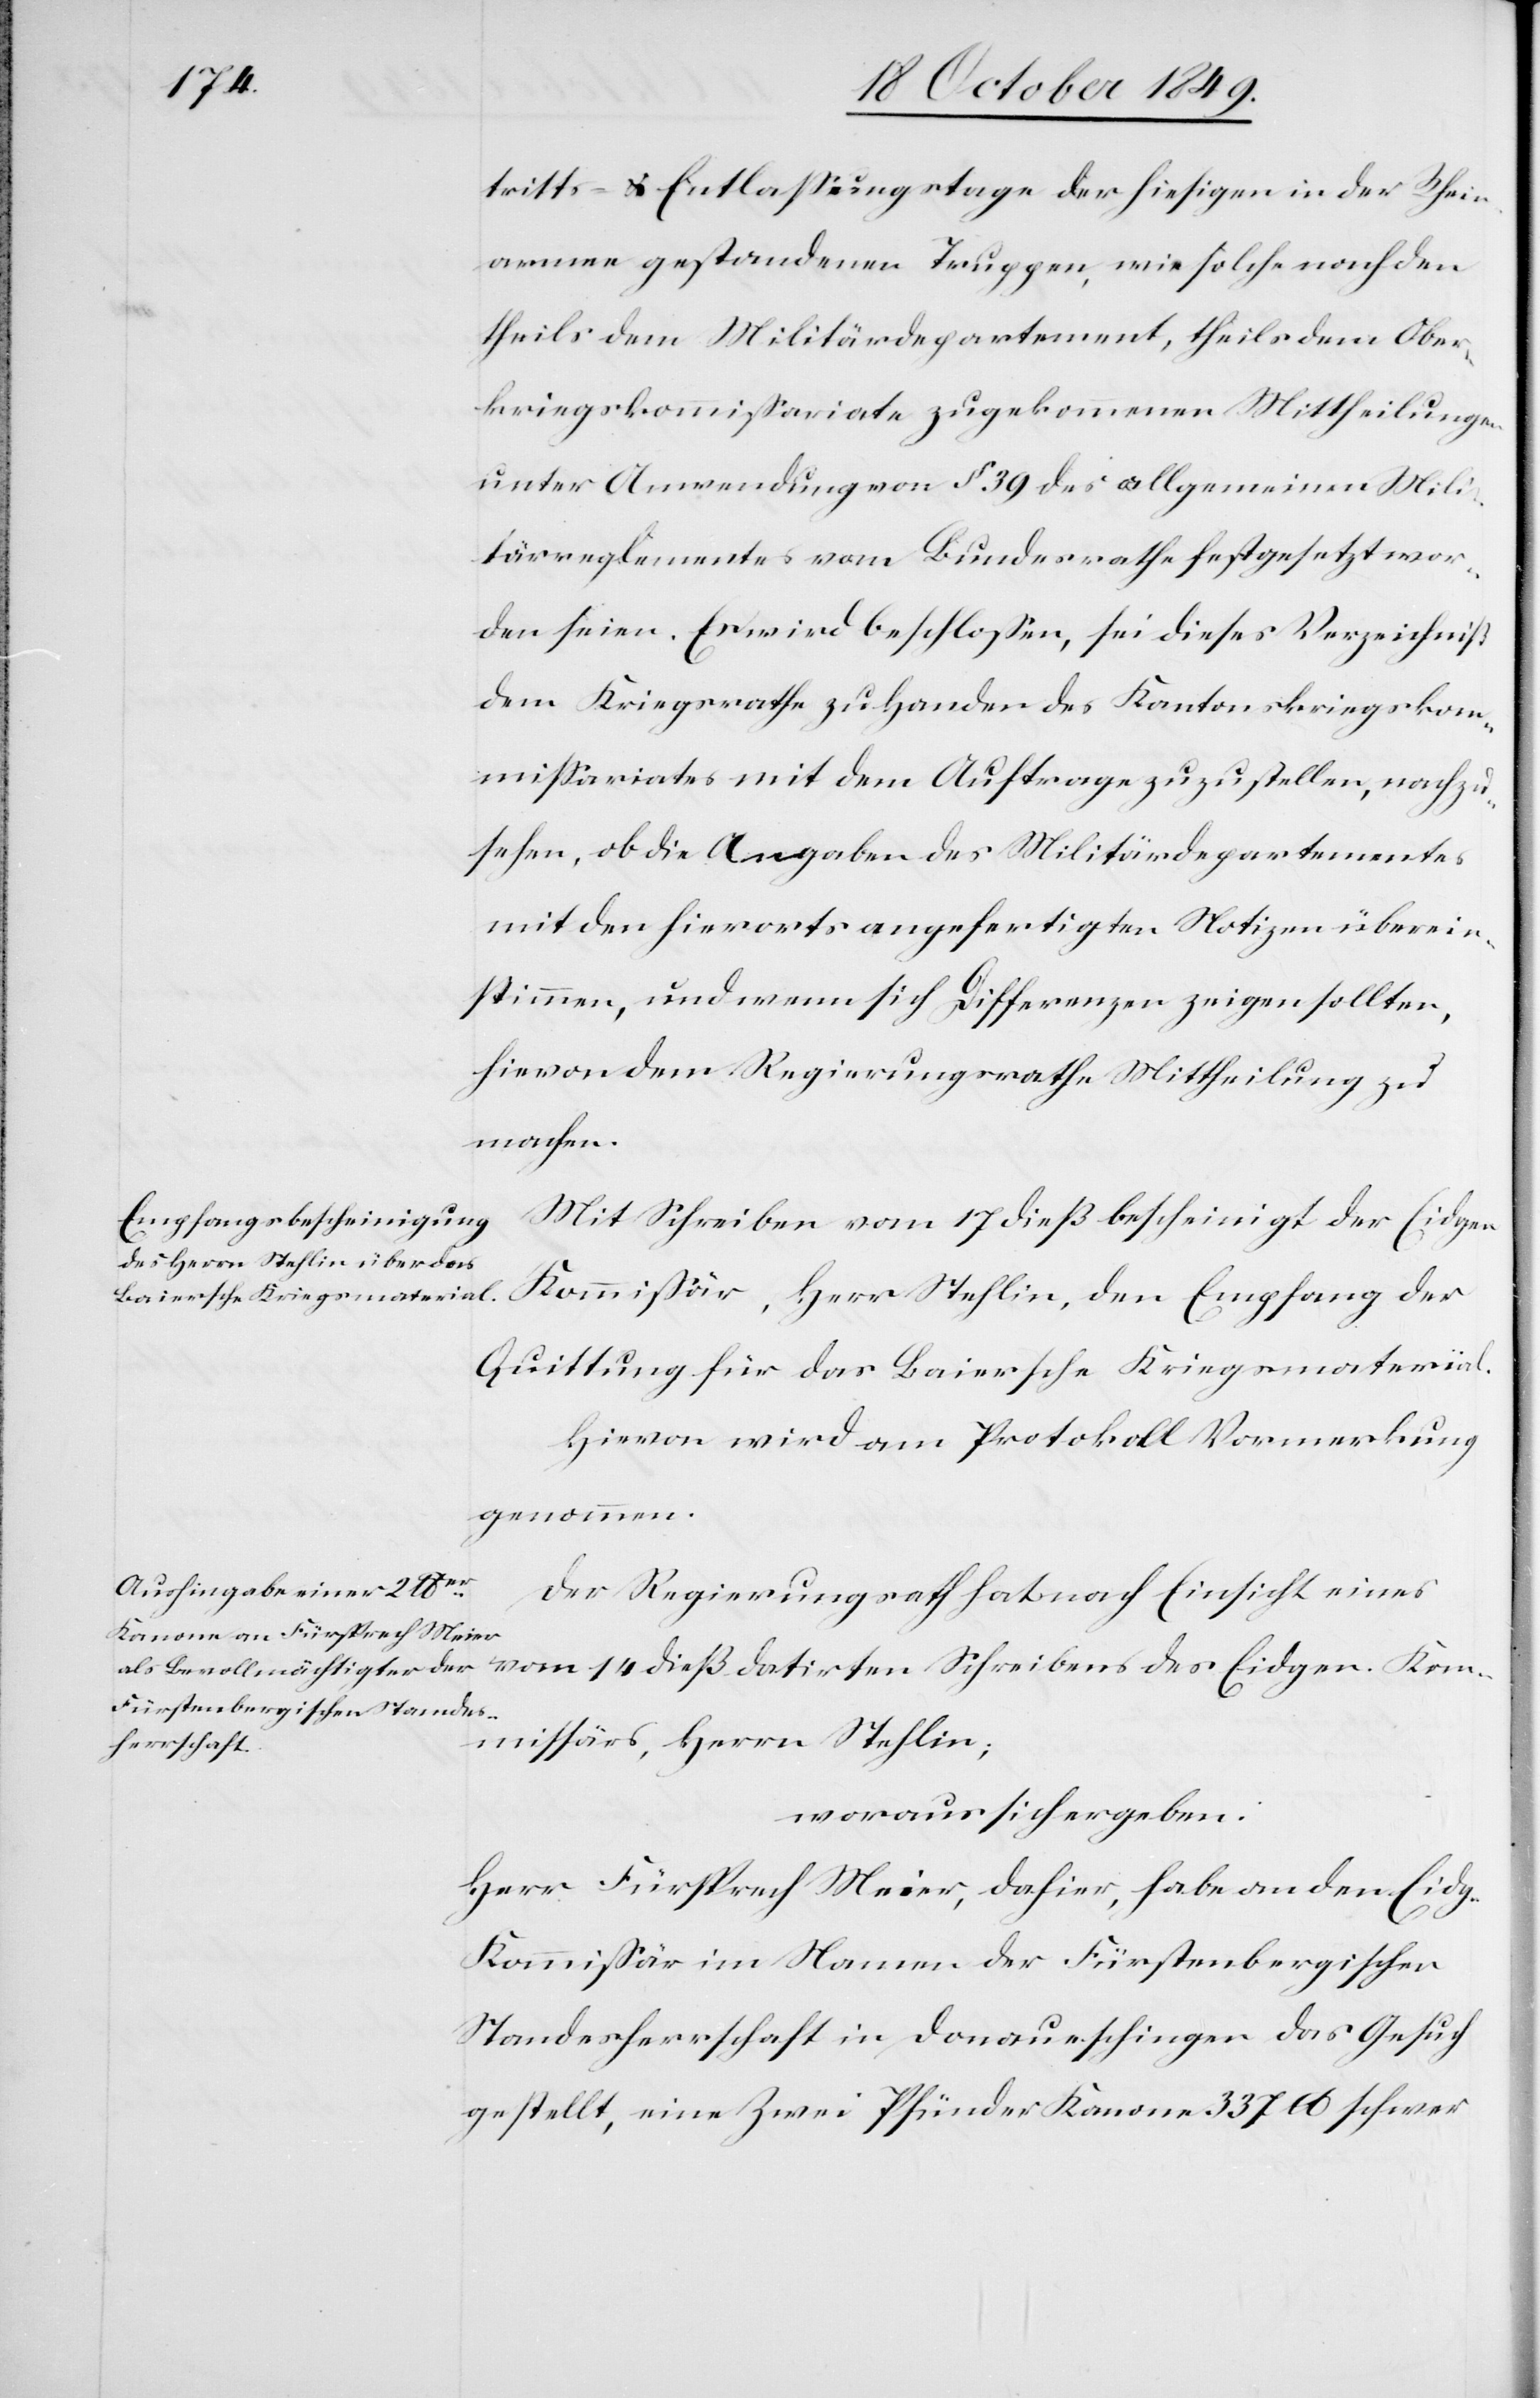
tritts- u. Entlaßungstage der hiesigen in der Rhein¬
armee gestandenen Truppen, wie solche nach den
theils dem Militärdepartement, theils dem Ober¬
kriegskommißariate zugekommenen Mittheilungen
unter Anwendungen von § 39 des allgemeinen Mili¬
tärreglementes vom Bundesrathe festgesetzt wor¬
den seien. Es wird beschloßen, sei dieses Verzeichniß
dem Kriegsrathe zu Handen des Kantonskriegskom¬
mißariates mit dem Auftrage zuzustellen, nachzu¬
sehen, ob die Angaben des Militärdepartementes
mit den hierorts angefertigten Notizen überein¬
stimmen, und wenn sich Differenzen zeigen sollten,
hievon dem Regierungsrathe Mittheilung zu
machen.
Mit Schreiben vom 17 dieß bescheinigt der Eidgen.
Kommißär, Herr Stehlin, den Empfang der
Quittung für das Baiersche Kriegsmaterial.
Hievon wird am Protokoll Vormerkung
Der Regierungsrath hat nach Einsicht eines
vom 14 dieß datirten Schreibens des Eidgen. Kom¬
mißärs, Herrn Stehlin;
woraus sich ergeben:
Herr Fürsprech Meier, dahier, habe an den Eidg.
Kommißär im Namen der Fürstenbergischen
Standesherrschaft in Donaueschingen das Gesuch
gestellt, eine zwei Pfünder Kanone 337 lb schwer